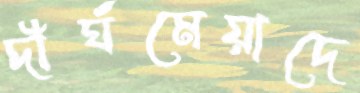
দীর্ঘমেয়াদে